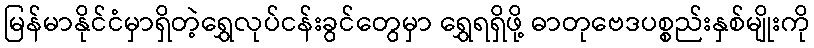
မြန်မာနိုင်ငံမှာရှိတဲ့ရွှေလုပ်ငန်းခွင်တွေမှာ ရွှေရရှိဖို့ ဓာတုဗေဒပစ္စည်းနှစ်မျိုးကို